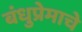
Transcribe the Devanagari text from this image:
बंधुप्रेमाचे